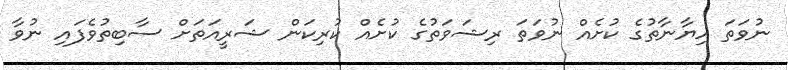
ނުވަަތަ ހިޔާނާތުގެ ކުށެއް ނުވަތަ ރިޝަވަތުގެ ކުށެއް ކުރިކަން ޝަރީއަތަށް ސާބިތުވެފައި ނުވާ